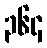
၃၆၄